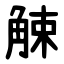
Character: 觫